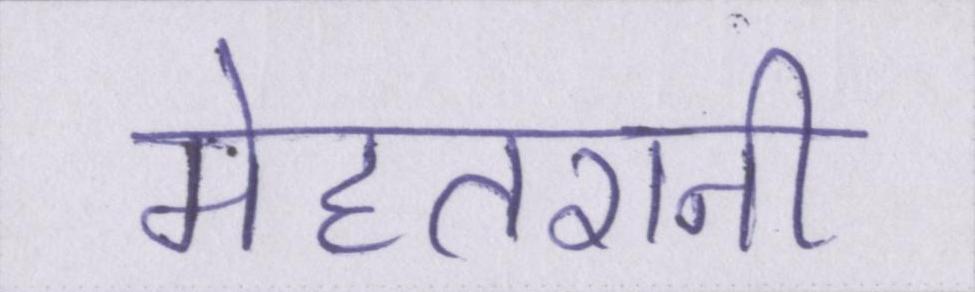
मेहतरानी